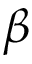
\beta